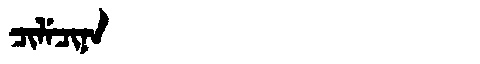
Manchu: ᠴᡳᠯᡝᠴᡳᠨᠠ
Romanization: CILECINA